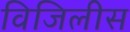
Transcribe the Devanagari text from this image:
विजिलीस